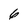
Character: 6